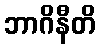
ဘာဂိနီတိ